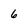
Character: 6